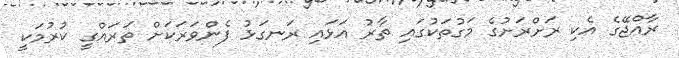
ރާއްޖޭގެ އެކި ރަށްރަށުގެ މަގުތަކުގައި ތާރު އަޅައި ރަނގަޅު ފެންވަރަކަށް ތަރައްގީ ކުރުމަކީ